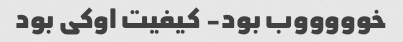
خوووووب بود- کیفیت اوکی بود